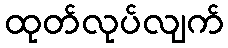
ထုတ်လုပ်လျက်